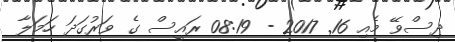
ދިސްވޭ މެއި 16